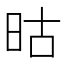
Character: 𬀬